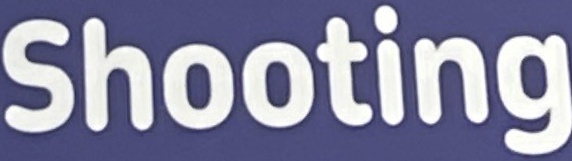
Shooting